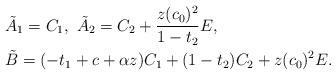
LaTeX: \begin{align*} &\tilde{A}_{1} = C_{1},\ \tilde{A}_{2} = C_{2} + \frac{z(c_{0})^{2}}{ 1- t_{2}} E,\\ & \tilde{B} = ( -t_{1} + c +\alpha z) C_{1} + (1- t_{2}) C_{2} + z (c_{0})^{2} E.\end{align*}